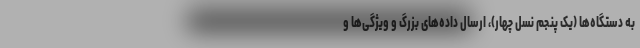
به دستگاه‌ها (یک پنجم نسل چهار)، ارسال داده‌های بزرگ و ویژگی‌ها و